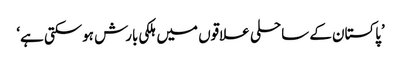
’پاکستان کے ساحلی علاقوں میں ہلکی بارش ہوسکتی ہے‘